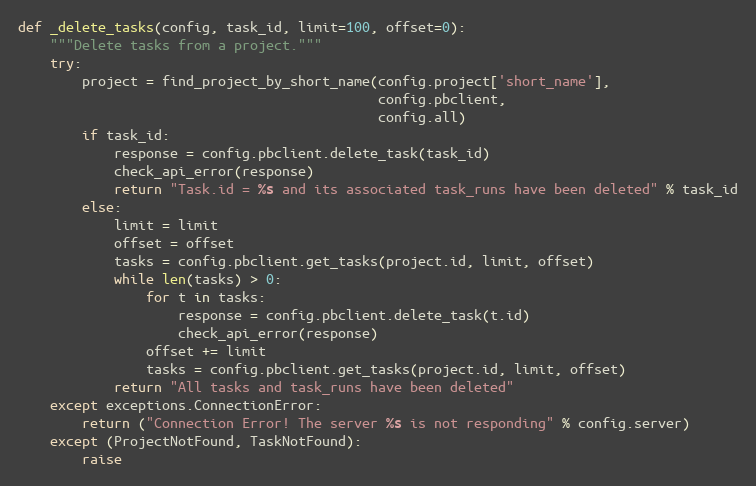
Language: Python
def _delete_tasks(config, task_id, limit=100, offset=0):
    """Delete tasks from a project."""
    try:
        project = find_project_by_short_name(config.project['short_name'],
                                             config.pbclient,
                                             config.all)
        if task_id:
            response = config.pbclient.delete_task(task_id)
            check_api_error(response)
            return "Task.id = %s and its associated task_runs have been deleted" % task_id
        else:
            limit = limit
            offset = offset
            tasks = config.pbclient.get_tasks(project.id, limit, offset)
            while len(tasks) > 0:
                for t in tasks:
                    response = config.pbclient.delete_task(t.id)
                    check_api_error(response)
                offset += limit
                tasks = config.pbclient.get_tasks(project.id, limit, offset)
            return "All tasks and task_runs have been deleted"
    except exceptions.ConnectionError:
        return ("Connection Error! The server %s is not responding" % config.server)
    except (ProjectNotFound, TaskNotFound):
        raise